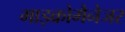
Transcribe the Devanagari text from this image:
माइक्रोमैनेजर